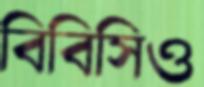
বিবিসিও